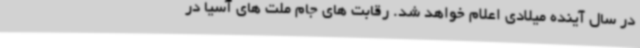
در سال آینده میلادی اعلام خواهد شد. رقابت های جام ملت های آسیا در